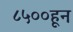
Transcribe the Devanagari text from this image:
८५००हून